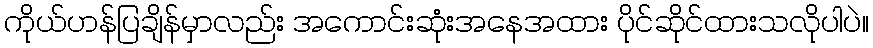
ကိုယ်ဟန်ပြချိန်မှာလည်း အကောင်းဆုံးအနေအထား ပိုင်ဆိုင်ထားသလိုပါပဲ။